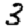
Digit: 3